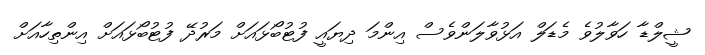
ޝީލްޑާ ހަވާލުވެ މެޑަލް އަޅުވާލަންވެސް އިންމަ ދިޔައީ ފުޓުބޯޅައަށް މަރުދޭ ފުޓުބޯޅައަށް އިންތިހާއަށް